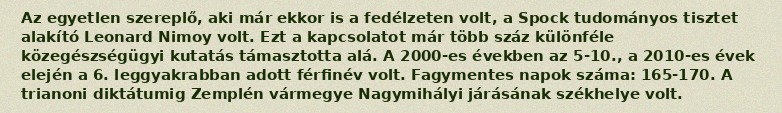
Az egyetlen szereplő, aki már ekkor is a fedélzeten volt, a Spock tudományos tisztet alakító Leonard Nimoy volt. Ezt a kapcsolatot már több száz különféle közegészségügyi kutatás támasztotta alá. A 2000-es években az 5-10., a 2010-es évek elején a 6. leggyakrabban adott férfinév volt. Fagymentes napok száma: 165-170. A trianoni diktátumig Zemplén vármegye Nagymihályi járásának székhelye volt.